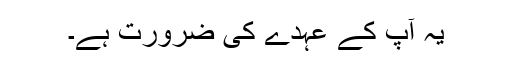
یہ آپ کے عہدے کی ضرورت ہے۔